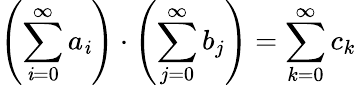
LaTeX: \left(\sum_{\mathit{i}=0}^{\infty}a_{\mathit{i}}\right)\cdot\left(\sum_{j=0}^{\infty}b_{j}\right)=\sum_{k=0}^{\infty}c_{k}